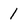
Character: 1